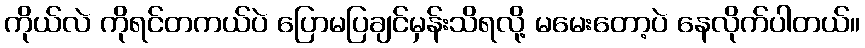
ကိုယ်လဲ ကိုရင်တကယ်ပဲ ပြောမပြချင်မှန်းသိရလို့ မမေးတော့ပဲ နေလိုက်ပါတယ်။